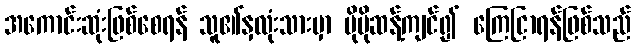
အကောင်းဆုံးဖြစ်စေရန် သူ၏နှလုံးသားမှာ ပိုမိုဆန့်ကျင်၍ ကြေငြာရန်ဖြစ်သည်